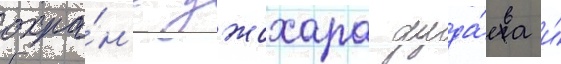
охра́н'е джохара дуда́ева и́